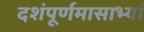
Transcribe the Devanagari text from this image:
दशंपूर्णमासाभ्यां